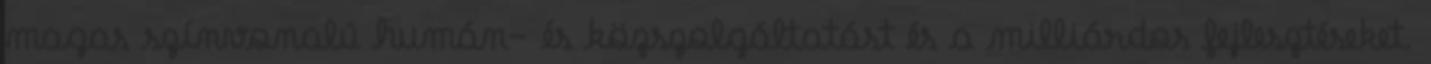
magas színvonalú humán- és közszolgáltatást és a milliárdos fejlesztéseket.